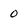
Character: 0